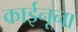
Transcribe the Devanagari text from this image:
काईनूना